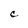
Character: C